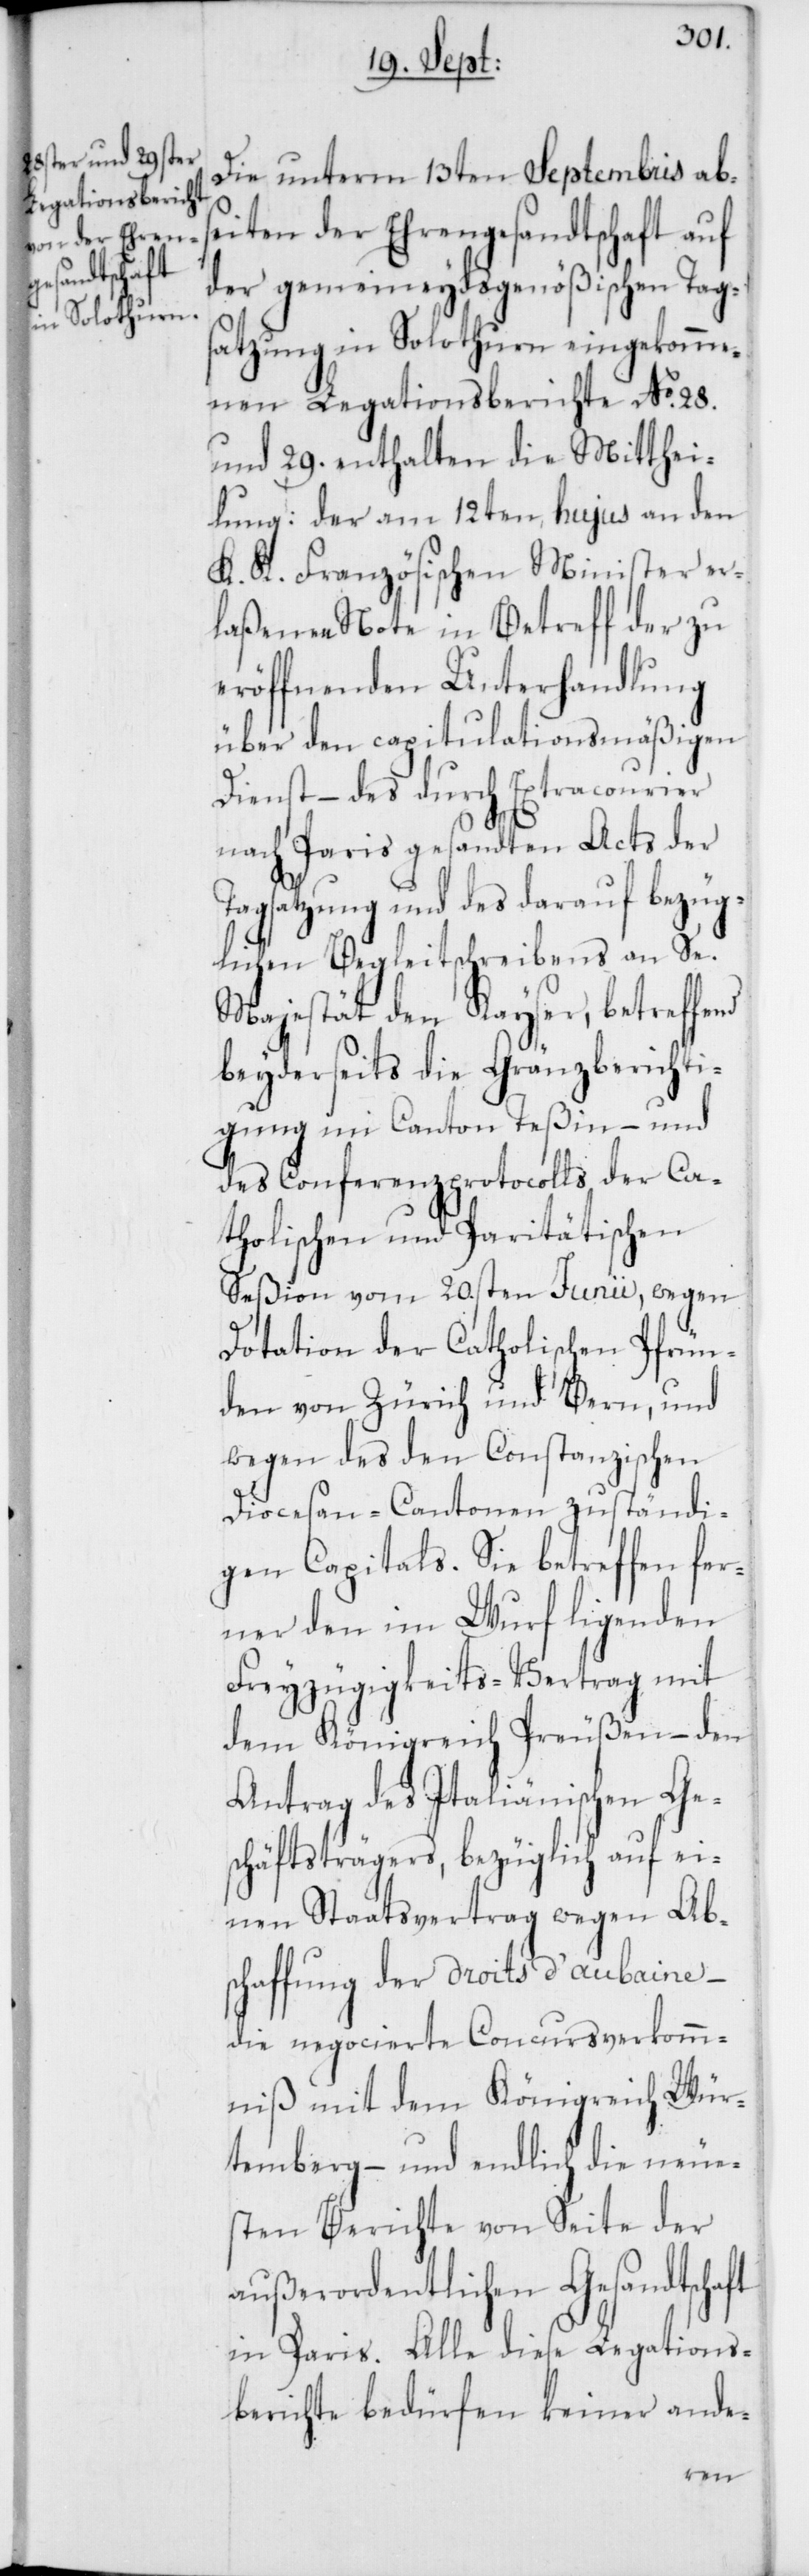
Die unterm 13ten Septembris ab
Seiten der Ehrengesandtschaft auf
der gemeineydsgenößischen Tag¬
satzung in Solothurn eingekomme¬
nen Legationsberichte No. 28.
und 29. enthalten die Mitthei¬
lung: der am 12ten hujus an den
K. K. Französischen Minister er¬
laßenen Note in Betreff der zu
eröffnenden Unterhandlung
über den capitulationsmäßigen
Dienst, – des durch Extracourier
nach Paris gesandten Acts der
Tagsatzung und des darauf bezüg¬
lichen Begleitschreibens an Se.
Majestät den Kayser, betreffend
beyderseits die Gränzberichti¬
gung im Canton Teßin, – und
des Conferenzprotocolls der Ca¬
tholischen und Paritätischen
Seßion vom 20sten Junii, wegen
Dotation der Catholischen Pfrün¬
den von Zürich und Bern, und
wegen des den Constanzischen
Diocesan-Cantonen zuständi¬
gen Capitals. Sie betreffen fer¬
ner den im Wurf ligenden
Freyzügigkeits-Vertrag mit
dem Königreich Preußen, – den
Antrag des Italienischen Ge¬
schäftsträgers, bezüglich auf ei¬
nen Staatsvertrag wegen Ab¬
schaffung der droits d’aubaine –
die negocierte Concursverkomm¬
niß mit dem Königreich Wür¬
temberg, – und endlich die neue¬
sten Berichte von Seite der
außerordentlichen Gesandtschaft
in Paris. Alle diese Legations¬
berichte bedürfen keiner ande-